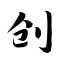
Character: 创